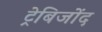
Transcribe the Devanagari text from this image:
ट्रेबिजोंद